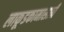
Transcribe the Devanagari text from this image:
लाकूडकामासाठी